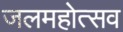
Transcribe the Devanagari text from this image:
जलमहोत्सव